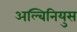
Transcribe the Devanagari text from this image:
अल्बिनियुस